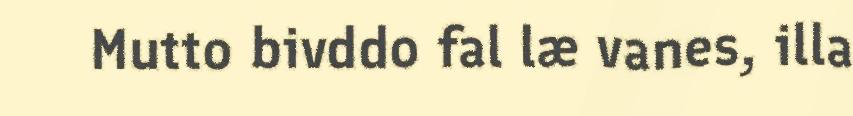
Mutto bivddo fal læ vanes, illa